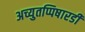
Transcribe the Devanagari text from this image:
अच्युतप्पिषारडी